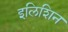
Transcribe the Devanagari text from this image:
इलिशिन